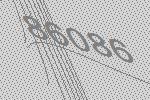
86086